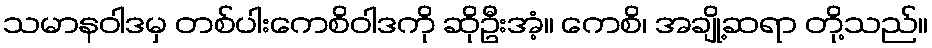
သမာနဝါဒမှ တစ်ပါးကေစိဝါဒကို ဆိုဦးအံ့။ ကေစိ၊ အချို့ဆရာ တို့သည်။